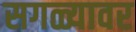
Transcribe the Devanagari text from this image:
सगळ्यावर